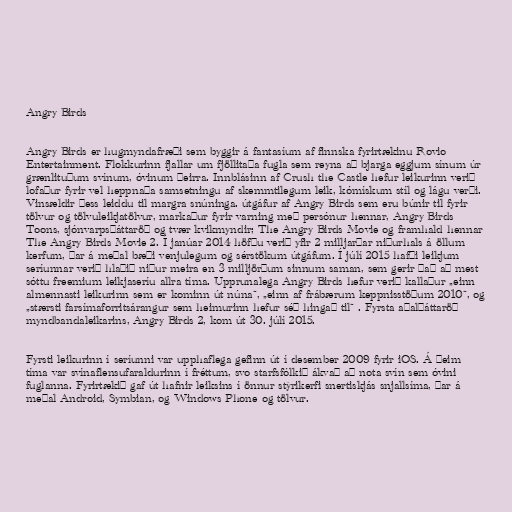
Angry Birds

Angry Birds er hugmyndafræði sem byggir á fantasíum af finnska fyrirtækinu Rovio
Entertainment. Flokkurinn fjallar um fjöllitaða fugla sem reyna að bjarga eggjum sínum úr
grænlituðum svínum, óvinum þeirra. Innblásinn af Crush the Castle hefur leikurinn verið
lofaður fyrir vel heppnaða samsetningu af skemmtilegum leik, kómískum stíl og lágu verði.
Vinsældir þess leiddu til margra snúninga. útgáfur af Angry Birds sem eru búnir til fyrir
tölvur og tölvuleikjatölvur, markaður fyrir varning með persónur hennar, Angry Birds
Toons, sjónvarpsþáttaröð og tvær kvikmyndir; The Angry Birds Movie og framhald hennar
The Angry Birds Movie 2. Í janúar 2014 höfðu verið yfir 2 milljarðar niðurhals á öllum
kerfum, þar á meðal bæði venjulegum og sérstökum útgáfum. Í júlí 2015 hafði leikjum
seríunnar verið hlaðið niður meira en 3 milljörðum sinnum saman, sem gerir það að mest
sóttu freemium leikjaseríu allra tíma. Upprunalega Angry Birds hefur verið kallaður „einn
almennasti leikurinn sem er kominn út núna“, „einn af frábærum keppnisstöðum 2010“, og
„stærsti farsímaforritsárangur sem heimurinn hefur séð hingað til“ . Fyrsta aðalþáttaröð
myndbandaleikarins, Angry Birds 2, kom út 30. júlí 2015.

Fyrsti leikurinn í seríunni var upphaflega gefinn út í desember 2009 fyrir iOS. Á þeim
tíma var svínaflensufaraldurinn í fréttum, svo starfsfólkið ákvað að nota svín sem óvini
fuglanna. Fyrirtækið gaf út hafnir leiksins í önnur stýrikerfi snertiskjás snjallsíma, þar á
meðal Android, Symbian, og Windows Phone og tölvur.